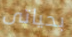
بحياتى